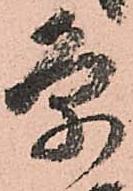
条